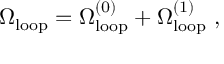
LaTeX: \Omega _ { \mathrm { l o o p } } = \Omega _ { \mathrm { l o o p } } ^ { ( 0 ) } + \Omega _ { \mathrm { l o o p } } ^ { ( 1 ) } \ ,